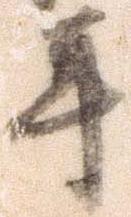
年